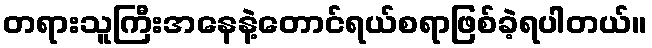
တရားသူကြီးအနေနဲ့တောင်ရယ်စရာဖြစ်ခဲ့ရပါတယ်။